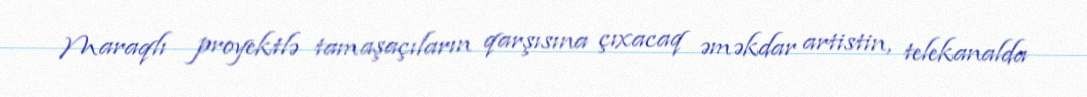
Maraqlı proyektlə tamaşaçıların qarşısına çıxacaq əməkdar artistin, telekanalda